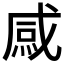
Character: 𱫢